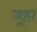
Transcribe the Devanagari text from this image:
जूहा